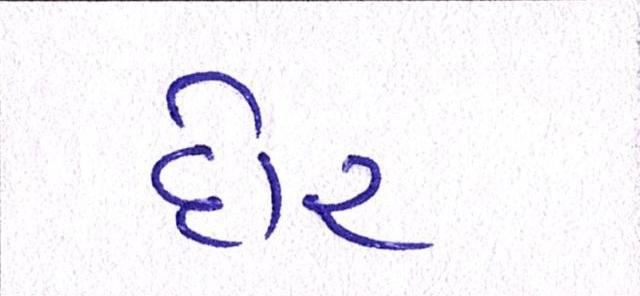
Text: દોર